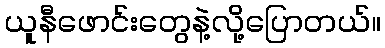
ယူနီဖောင်းတွေနဲ့လို့ပြောတယ်။